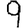
Digit: 9